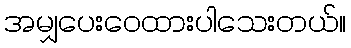
အမျှပေးဝေထားပါသေးတယ်။